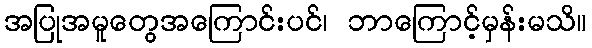
အပြုအမူတွေအကြောင်းပင်၊ ဘာကြောင့်မှန်းမသိ။